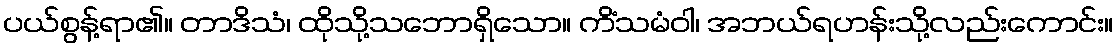
ပယ်စွန့်ရာ၏။ တာဒိသံ၊ ထိုသို့သဘောရှိသော။ ကိံသမံဝါ၊ အဘယ်ရဟန်းသို့လည်းကောင်း။